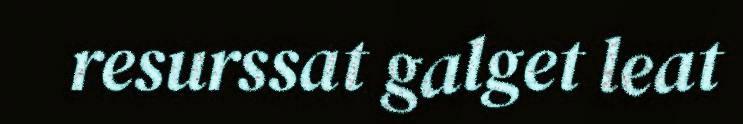
resurssat galget leat